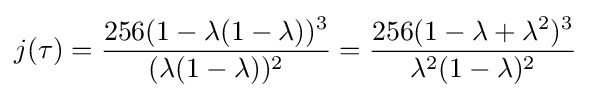
j(\tau )={\frac {256(1-\lambda (1-\lambda ))^{3}}{(\lambda (1-\lambda ))^{2}}}={\frac {256(1-\lambda +\lambda ^{2})^{3}}{\lambda ^{2}(1-\lambda )^{2}}}\